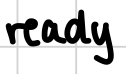
Text: ready
Cross-out: clean
Writing tool: digital_black